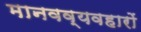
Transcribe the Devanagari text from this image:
मानवव्यवहारों